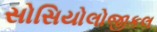
સોસિયોલોજીકલ